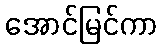
အောင်မြင်ကာ